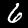
Label: 6